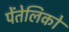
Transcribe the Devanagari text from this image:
पेंतेलिको